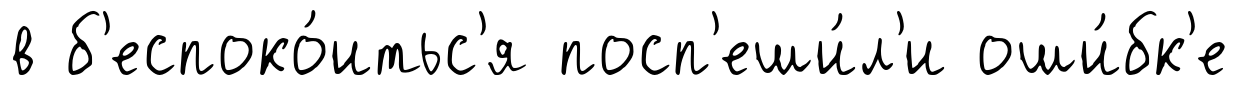
в б'еспоко́итьс'я посп'еши́л'и оши́бк'е